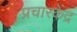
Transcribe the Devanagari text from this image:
प्रचारकेंद्र